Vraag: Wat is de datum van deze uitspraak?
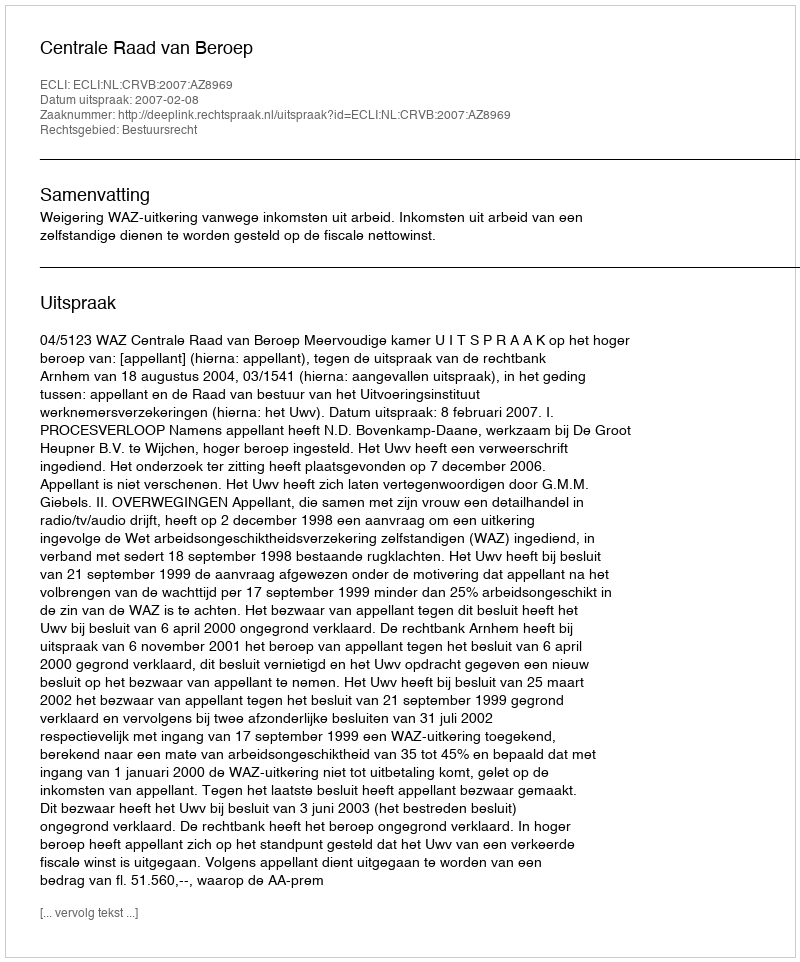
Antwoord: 2007-02-08